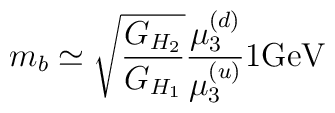
m_b\simeq {\sqrt{G_{H_2}\over G_{H_1}}}{\mu^{(d)}_{3}\over\mu^{(u)}_{3}}{1} {\rm GeV}